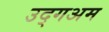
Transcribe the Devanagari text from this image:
उद्गअम